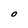
Character: O